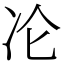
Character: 㓆